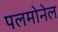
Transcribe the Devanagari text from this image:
पलमोनेल